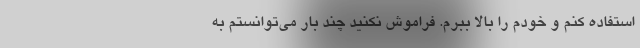
استفاده کنم و خودم را بالا ببرم. فراموش نکنید چند بار می‌توانستم به